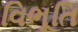
વિભૂતિ